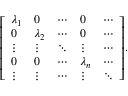
{ \left[ \begin{array} { l l l l l } { \lambda _ { 1 } } & { 0 } & { \cdots } & { 0 } & { \cdots } \\ { 0 } & { \lambda _ { 2 } } & { \cdots } & { 0 } & { \cdots } \\ { \vdots } & { \vdots } & { \ddots } & { \vdots } & { \cdots } \\ { 0 } & { 0 } & { \cdots } & { \lambda _ { n } } & { \cdots } \\ { \vdots } & { \vdots } & { \cdots } & { \vdots } & { \ddots } \end{array} \right] } .